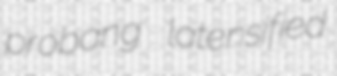
probang latensified